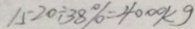
1 5 2 0 \div 3 8 \% = 4 0 0 0 k g